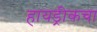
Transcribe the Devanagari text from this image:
हायड्रीकचा